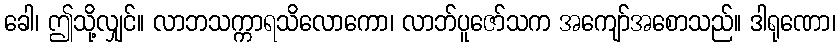
ခေါ၊ ဤသို့လျှင်။ လာဘသက္ကာရသိလောကော၊ လာဘ်ပူဇော်သက အကျော်အစောသည်။ ဒါရုဏော၊